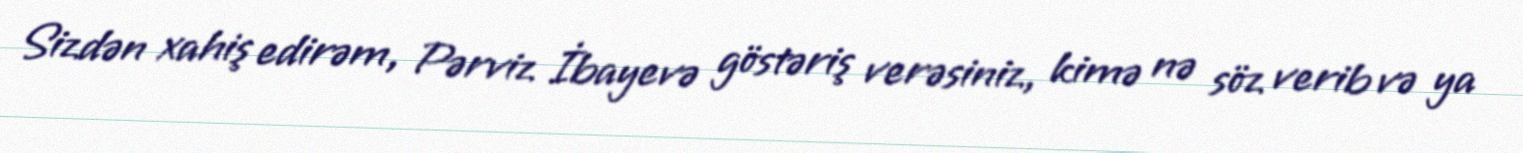
Sizdən xahiş edirəm, Pərviz İbayevə göstəriş verəsiniz, kimə nə söz verib və ya